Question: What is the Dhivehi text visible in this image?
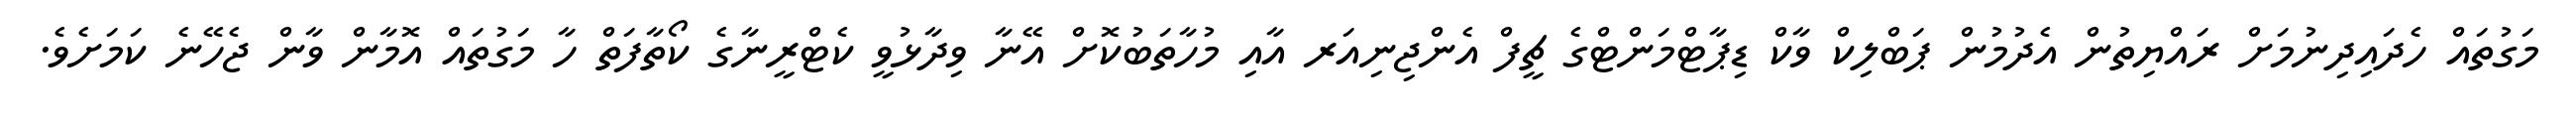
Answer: މަގުތައް ހެދައިދިނުމަށް ރައްޔިތުން އެދުމުން ޕަބްލިކް ވާކް ޑިޕާޓްމަންޓްގެ ޗީފް އެންޖިނިއަރ އާއި މުހާތަބުކޮށް އޭނާ ވިދާޅުވީ ކެޓްރީނާގެ ކޯތާފަތް ހާ މަގުތައް އޮމާން ވާން ޖެހޭނެ ކަމަށެވެ.